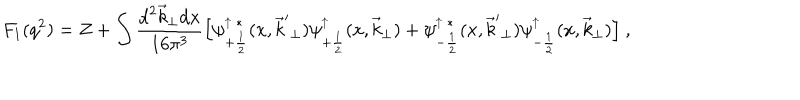
F _ { 1 } ( q ^ { 2 } ) = Z + \int \frac { { \mathrm d } ^ { 2 } { \vec { k } } _ { \perp } { \mathrm d } x } { 1 6 \pi ^ { 3 } } \Big [ \psi _ { + \frac { 1 } { 2 } } ^ { \uparrow \ * } ( x , { \vec { k } ^ { \prime } } _ { \perp } ) \psi _ { + \frac { 1 } { 2 } } ^ { \uparrow } ( x , { \vec { k } } _ { \perp } ) + \psi _ { - \frac { 1 } { 2 } } ^ { \uparrow \ * } ( x , { \vec { k } ^ { \prime } } _ { \perp } ) \psi _ { - \frac { 1 } { 2 } } ^ { \uparrow } ( x , { \vec { k } } _ { \perp } ) \Big ] \ ,